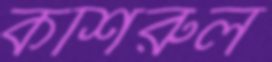
কশিরুল